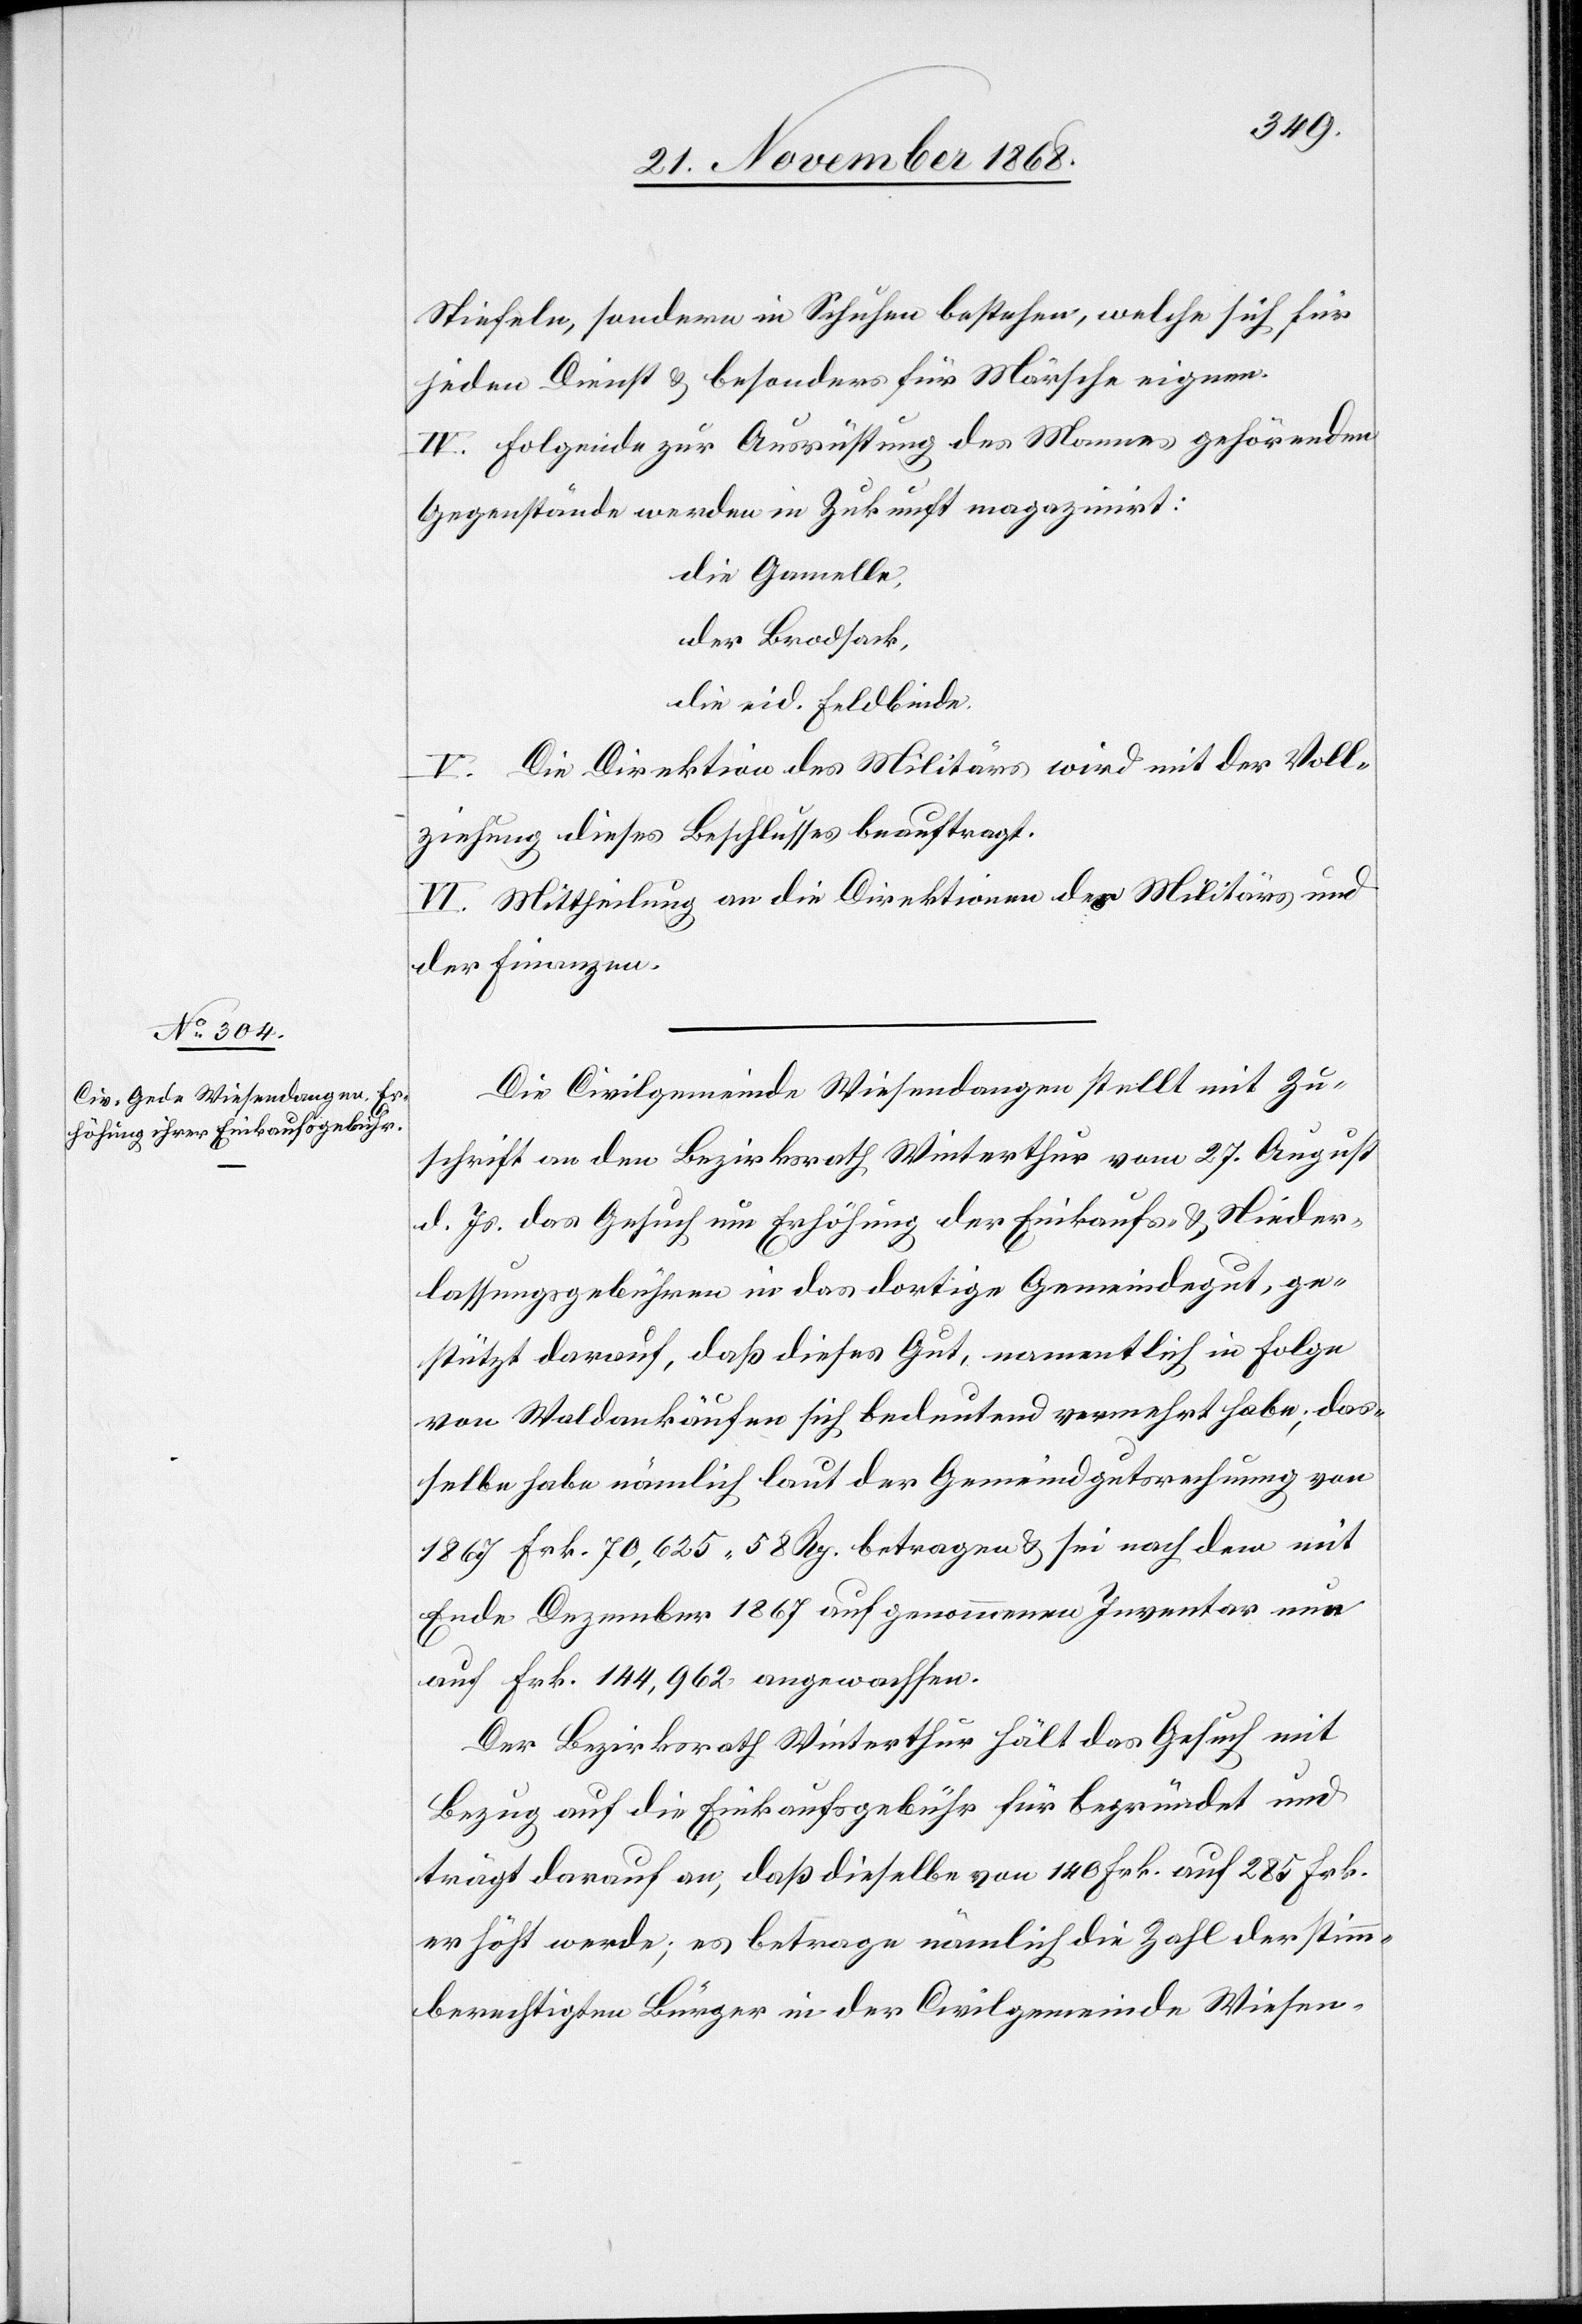
Stiefeln, sondern in Schuhen bestehen, welche sich für
jeden Dienst & besonders für Märsche eignen.
IV. Folgende zur Ausrüstung des Mannes gehörenden
Gegenstände werden in Zukunft magazinirt:
die Gamelle,
der Brodsack,
die eid. Feldbinde.
V. Die Direktion des Militärs wird mit der Voll¬
ziehung dieses Beschlusses beauftragt.
VI. Mittheilung an die Direktionen des Militärs und
der Finanzen.
Die Civilgemeinde Wiesendangen stellt mit Zu¬
schrift an den Bezirksrath Winterthur vom 27. August
d. Js. das Gesuch um Erhöhung der Einkaufs- & Nieder¬
lassungsgebühren in das dortige Gemeindegut, ge¬
stützt darauf, daß dieses Gut, namentlich in Folge
von Waldankäufen sich bedeutend vermehrt habe; das¬
selbe habe nämlich laut der Gemeindgutsrechnung von
1867 Frk. 70,625 58 Rp. betragen & sei nach dem mit
Ende Dezember 1867 aufgenommenen Inventar nun
auf Frk. 144,962 angewachsen.
Der Bezirksrath Winterthur hält das Gesuch mit
Bezug auf die Einkaufsgebühr für begründet und
trägt darauf an, daß dieselbe von 140 Frk. auf 285 Frk.
erhöht werde; es betrage nämlich die Zahl der stimm¬
berechtigten Bürger in der Civilgemeinde Wiesen-